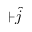
+ \hat { j }